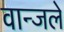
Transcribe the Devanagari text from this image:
वान्जले